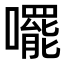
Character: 𫬘